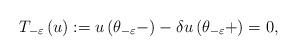
LaTeX: \begin{align*}T_{-\varepsilon }\left( u\right) :=u\left( \theta _{-\varepsilon }-\right)-\delta u\left( \theta _{-\varepsilon }+\right) =0, \end{align*}